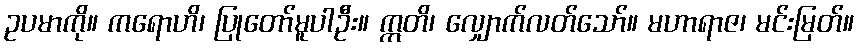
ဥပမာကို။ ကရောဟိ၊ ပြုတော်မူပါဦး။ ဣတိ၊ လျှောက်လတ်သော်။ မဟာရာဇ၊ မင်းမြတ်။